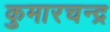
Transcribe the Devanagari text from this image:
कुमारचन्द्र